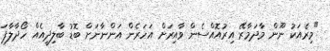
"މިރެއަކު ނޫން މާދަމާރޭ އިރުއޮއްސެން ވާއިރަށް އަހަރެން އަންނާނަށް ބޮޑު ބާލިދީއެއް ހޯދާލާފަ